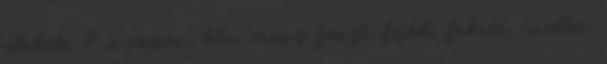
Fekete P. szopás, bbc, nagy faszt, fajok, fekete, csalás,